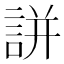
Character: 誁